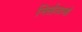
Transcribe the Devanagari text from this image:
निरर्हताओं